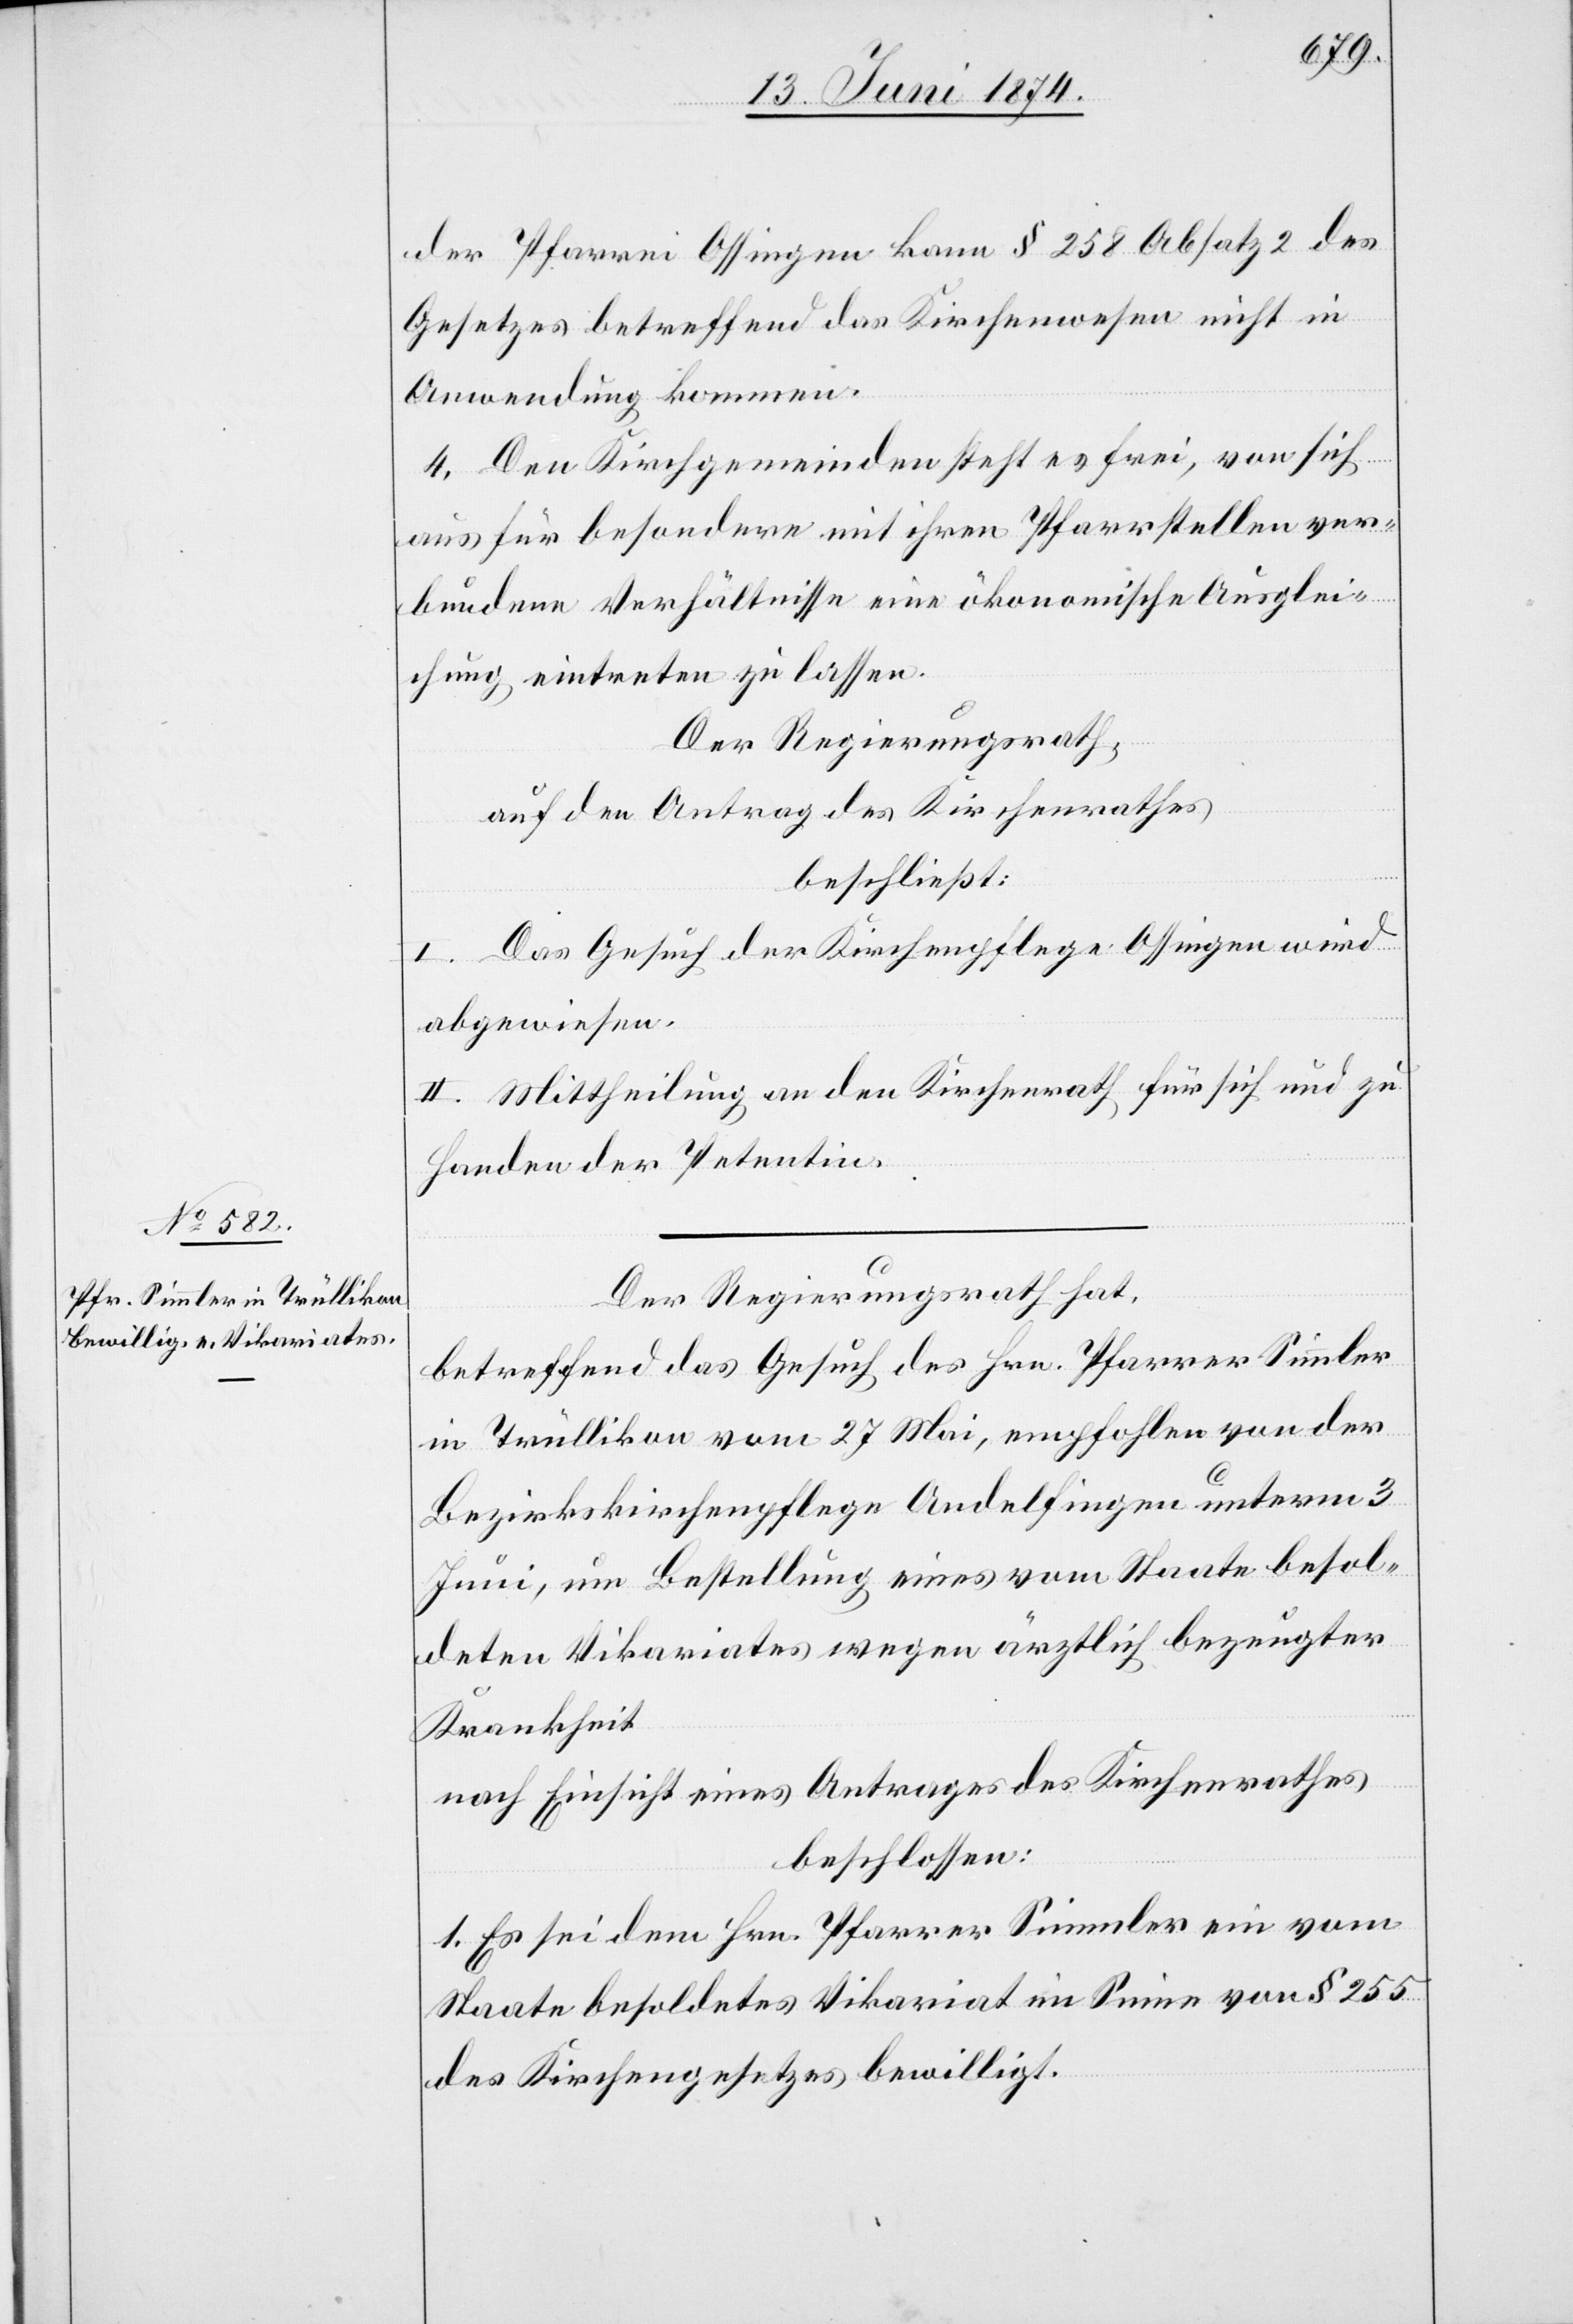
der Pfarrei Ossingen kann § 258 Absatz 2 des
Gesetzes betreffend das Kirchenwesen nicht in
Anwendung kommen.
4. Den Kirchgmeinden steht es frei, von sich
aus für besondere mit ihren Pfarrstellen ver¬
bundene Verhältnisse eine ökonomische Ausglei¬
chung eintreten zu lassen.
Der Regierungsrath,
auf den Antrag des Kirchenrathes
beschließt:
I. Das Gesuch der Kirchenpflege Ossingen wird
abgewiesen.
II. Mittheilung an den Kirchenrath für sich und zu
Handen der Petentin.
Der Regierungsrath hat,
betreffend das Gesuch des Hrn. Pfarrer Simmler
in Trüllikon vom 27. Mai, empfohlen von der
Bezirkskirchenpflege Andelfingen unterm 3.
Juni, um Bestellung eines vom Staate besol¬
deten Vikariates wegen ärztlich bezeugter
Krankheit
nach Einsicht eines Antrages des Kirchenrathes
beschlossen:
1. Es sei dem Hrn. Pfarrer Simmler ein vom
Staate besoldetes Vikariat im Sinne von § 255
des Kirchengesetzes bewilligt.